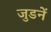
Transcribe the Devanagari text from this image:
जुडनें